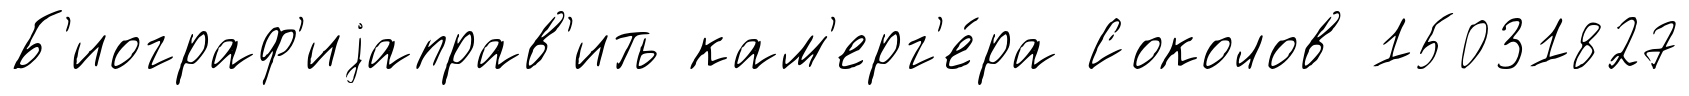
Б'иограф'иjаправ'ить кам'ерг'е́ра Соколов 15031827